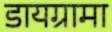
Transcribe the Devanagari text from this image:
डायग्रामा